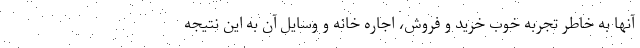
آنها به خاطر تجربه خوب خرید و فروش، اجاره خانه و وسایل آن به این نتیجه